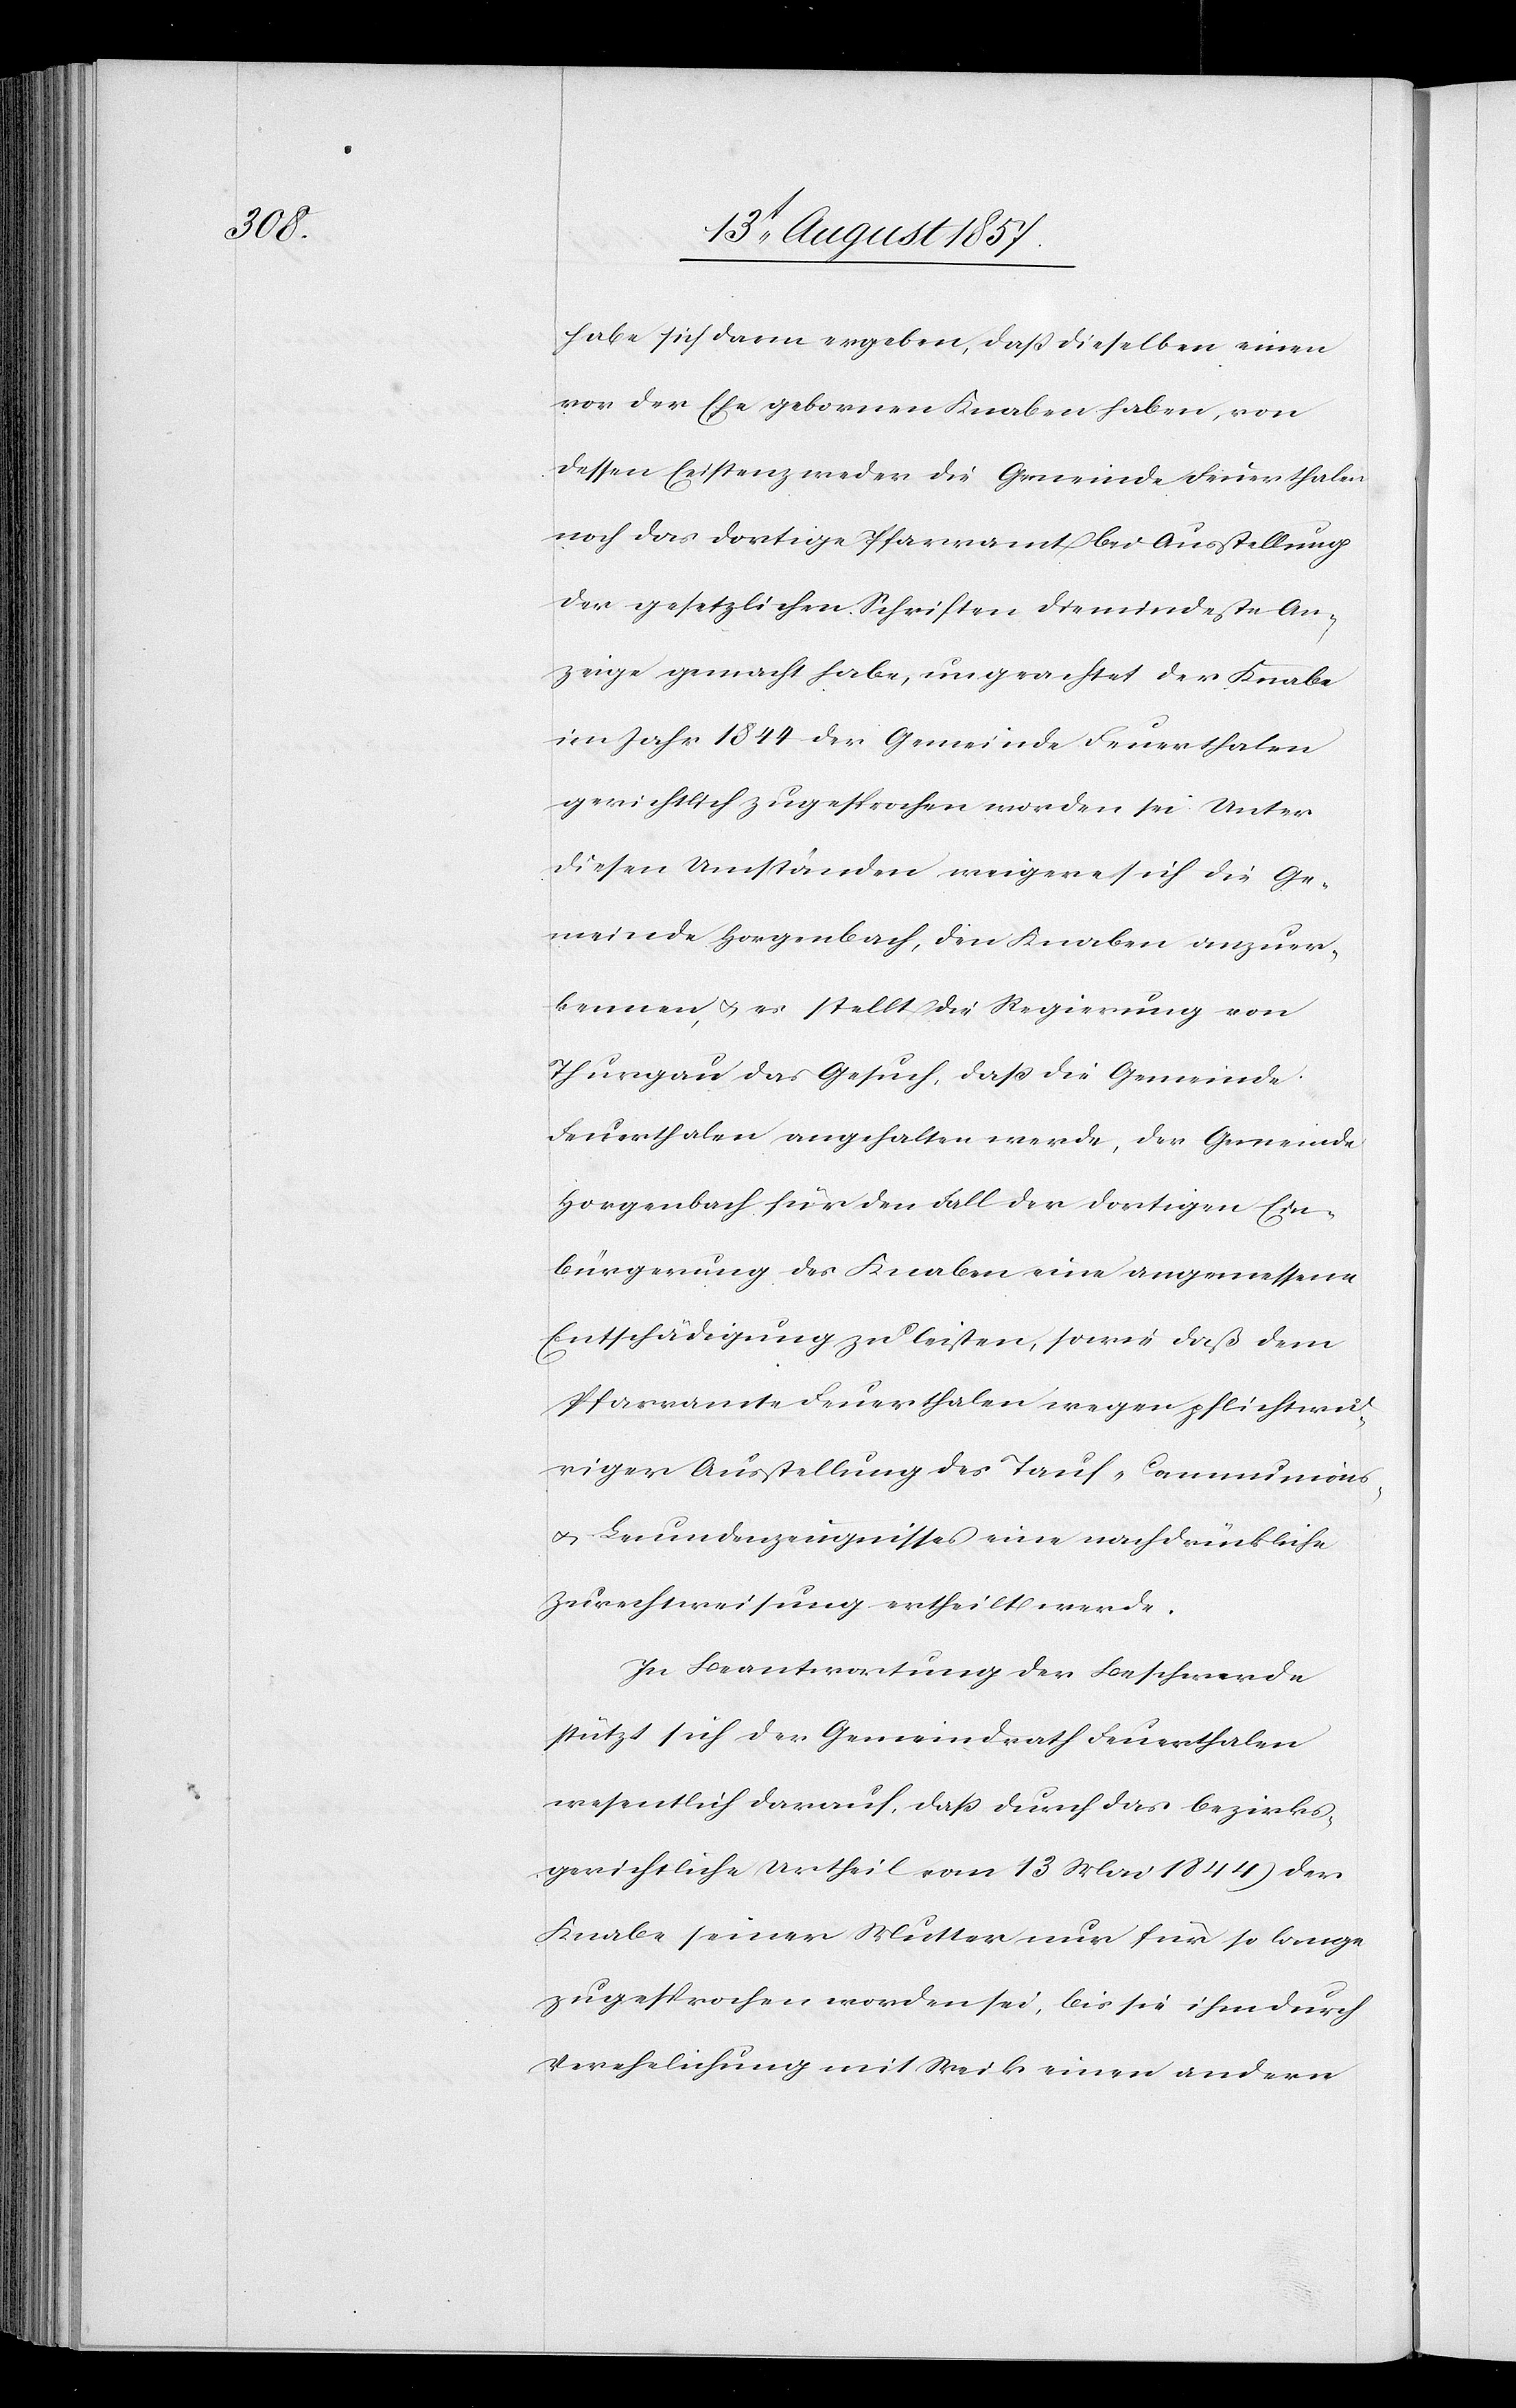
habe sich dann ergeben, daß dieselben einen
vor der Ehe gebornen Knaben haben, von
dessen Existenz weder die Gemeinde Feuerthalen
noch das dortige Pfarramt bei Ausstellung
der gesetzlichen Schriften die mindeste An¬
zeige gemacht habe, ungeachtet der Knabe
im Jahr 1844 der Gemeinde Feuerthalen
gerichtlich zugesprochen worden sei. Unter
diesen Umständen weigere sich die Ge¬
meinde Horgenbach, den Knaben anzuer¬
kennen, & es stellt die Regierung von
Thurgau das Gesuch, daß die Gemeinde
Feuerthalen angehalten werde, der Gemeinde
Horgenbach für den Fall der dortigen Ein¬
bürgerung des Knaben eine angemessene
Entschädigung zu leisten, sowie daß dem
Pfarramte Feuerthalen wegen pflichtwid¬
riger Ausstellung des Tauf-[,] Communions-
& Leumdenszeugnisses eine nachdrückliche
Zurechtweisung ertheilt werde.
In Beantwortung der Beschwerde
stützt sich der Gemeindrath Feuerthalen
wesentlich darauf, daß durch das bezirks¬
gerichtliche Urtheil vom 13 Mai 1844 der
Knabe seiner Mutter nur für so lange
zugesprochen worden sei, bis sie ihm durch
Verehelichung mit Weik einen andern